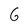
Character: G